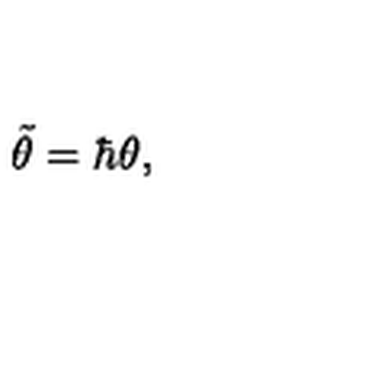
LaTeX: { \tilde { \theta } } = \hbar \theta ,